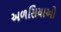
અળસિયાઓ